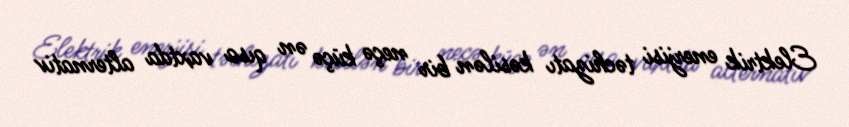
Elektrik enerjisi təchizatı kəsilən bir neçə küçə ən qısa vaxtda alternativ